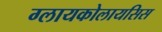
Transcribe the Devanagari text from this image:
ग्लायकोलायसिस